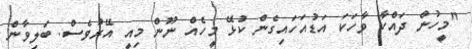
"މީހުން ދައްކާ ވާހަކަ އަޑުއަހައިގެން ކުޅޭ މީހެއް ނޫން މިއީ އޭރުވެސް. ބަލިވާން